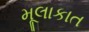
મૂલાકાત